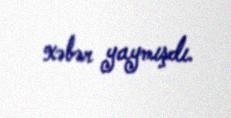
xəbər yaymışdı.